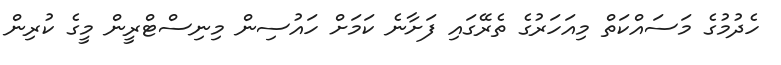
ހެދުމުގެ މަސައްކަތް މިއަހަރުގެ ތެރޭގައި ފަށާނެ ކަމަށް ހައުސިން މިނިސްޓްރީން މީގެ ކުރިން